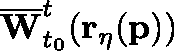
\overline { { \mathbf { W } } } _ { t _ { 0 } } ^ { t } ( \mathbf { r _ { \eta } } ( \mathbf { p } ) )